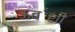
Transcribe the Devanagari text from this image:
ऊव॔शी